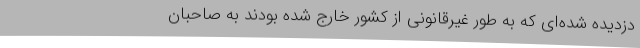
دزدیده شده‌ای که به طور غیرقانونی از کشور خارج شده بودند به صاحبان